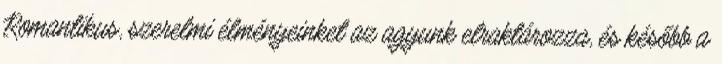
Romantikus, szerelmi élményeinket az agyunk elraktározza, és később a